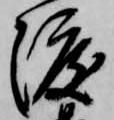
渡